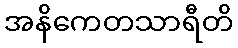
အနိကေတသာရီတိ